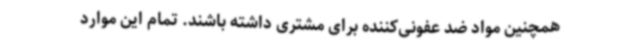
همچنین مواد ضد عفونی‌کننده برای مشتری داشته ‌باشند. تمام این موارد